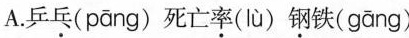
A.乒\underset{·}{乓}( pāng ) 死亡\underset{·}{率}( lù ) \underset{·}{钢}铁( gāng )